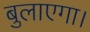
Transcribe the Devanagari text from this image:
बुलाएगा।